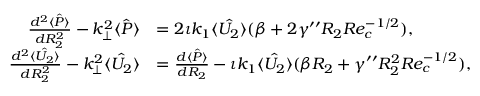
\begin{array} { r l } { \frac { d ^ { 2 } \hat { \langle P \rangle } } { d R _ { 2 } ^ { 2 } } - k _ { \perp } ^ { 2 } \hat { \langle P \rangle } } & { = 2 \iota k _ { 1 } \hat { \langle U _ { 2 } \rangle } ( \beta + 2 \gamma ^ { \prime \prime } R _ { 2 } R e _ { c } ^ { - 1 / 2 } ) , } \\ { \frac { d ^ { 2 } \hat { \langle U _ { 2 } \rangle } } { d R _ { 2 } ^ { 2 } } - k _ { \perp } ^ { 2 } \hat { \langle U _ { 2 } \rangle } } & { = \frac { d \hat { \langle P \rangle } } { d R _ { 2 } } - \iota k _ { 1 } \hat { \langle U _ { 2 } \rangle } ( \beta R _ { 2 } + \gamma ^ { \prime \prime } R _ { 2 } ^ { 2 } R e _ { c } ^ { - 1 / 2 } ) , } \end{array}